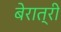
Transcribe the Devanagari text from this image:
बेरात्री